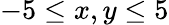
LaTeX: -5\leq x,y\leq 5